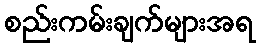
စည်းကမ်းချက်များအရ